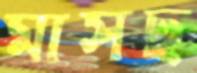
মাসছ